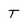
Character: T